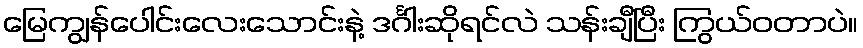
မြေကျွန်ပေါင်းလေးသောင်းနဲ့ ဒင်္ဂါးဆိုရင်လဲ သန်းချီပြီး ကြွယ်ဝတာပဲ။